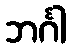
ဘင်္ဂါ